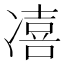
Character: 𱐌